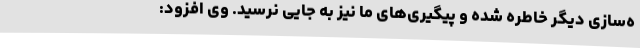
ه‌سازی دیگر خاطره شده و پیگیری‌های ما نیز به جایی نرسید. وی افزود: